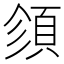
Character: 𩒉